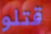
قتلو